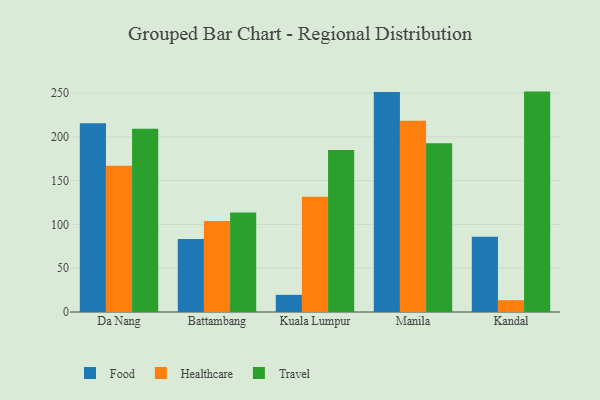
{"axis": {"x": "City", "y": "Demand Index"}, "legend": ["Food", "Healthcare", "Travel"], "data": [{"x": "Da Nang", "y": 215.5, "type": "Food"}, {"x": "Da Nang", "y": 167.0, "type": "Healthcare"}, {"x": "Da Nang", "y": 209.2, "type": "Travel"}, {"x": "Battambang", "y": 83.3, "type": "Food"}, {"x": "Battambang", "y": 103.9, "type": "Healthcare"}, {"x": "Battambang", "y": 113.6, "type": "Travel"}, {"x": "Kuala Lumpur", "y": 19.6, "type": "Food"}, {"x": "Kuala Lumpur", "y": 131.5, "type": "Healthcare"}, {"x": "Kuala Lumpur", "y": 185.0, "type": "Travel"}, {"x": "Manila", "y": 251.2, "type": "Food"}, {"x": "Manila", "y": 218.5, "type": "Healthcare"}, {"x": "Manila", "y": 192.7, "type": "Travel"}, {"x": "Kandal", "y": 85.9, "type": "Food"}, {"x": "Kandal", "y": 13.5, "type": "Healthcare"}, {"x": "Kandal", "y": 251.7, "type": "Travel"}]}